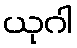
ယုဂါ